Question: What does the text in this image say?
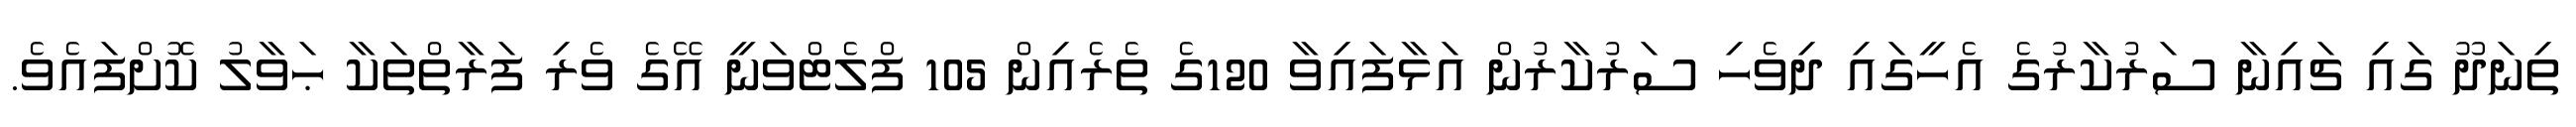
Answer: ތިނަދޫ ގައި ޗައިނާ ސަރުކާރުގެ އެހީގައި ދިވެހި ސަރުކާރުން އަޅާފައިވާ 120ގެ ތެރެއިން 105 ފްލެޓްވަނީ އޭގެ ވެރި ފަރާތްތަކާ ޙަވާލު ކޮށްފައެވެ.